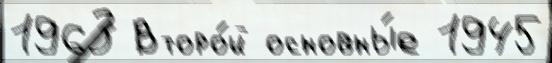
1963 Второ́й основны́е 1945